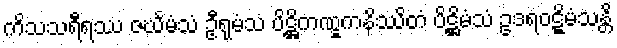
ကိသသရီရဿ ဇင်္ဃမံသံ ဦရုမံသံ ပိဋ္ဌိကဏ္ဋကနိဿိတံ ပိဋ္ဌိမံသံ ဥဒရဝဋ္ဋိမံသန္တိ